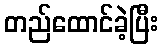
တည်ထောင်ခဲ့ပြီး